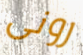
رونى